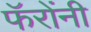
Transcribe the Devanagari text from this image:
फॅरोंनी